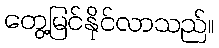
တွေ့မြင်နိုင်လာသည်။